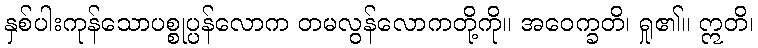
နှစ်ပါးကုန်သောပစ္စုပ္ပန်လောက တမလွန်လောကတို့ကို။ အဝေက္ခတိ၊ ရှု၏။ ဣတိ၊